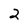
Character: 2